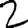
Digit: 2